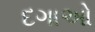
દગાઓ